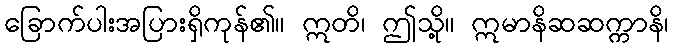
ခြောက်ပါးအပြားရှိကုန်၏။ ဣတိ၊ ဤသို့။ ဣမာနိဆဆက္ကာနိ၊